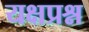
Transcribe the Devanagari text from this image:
यक्षप्रश्न